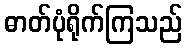
ဓာတ်ပုံရိုက်ကြသည်